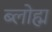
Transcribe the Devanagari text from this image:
ब्लोह्म